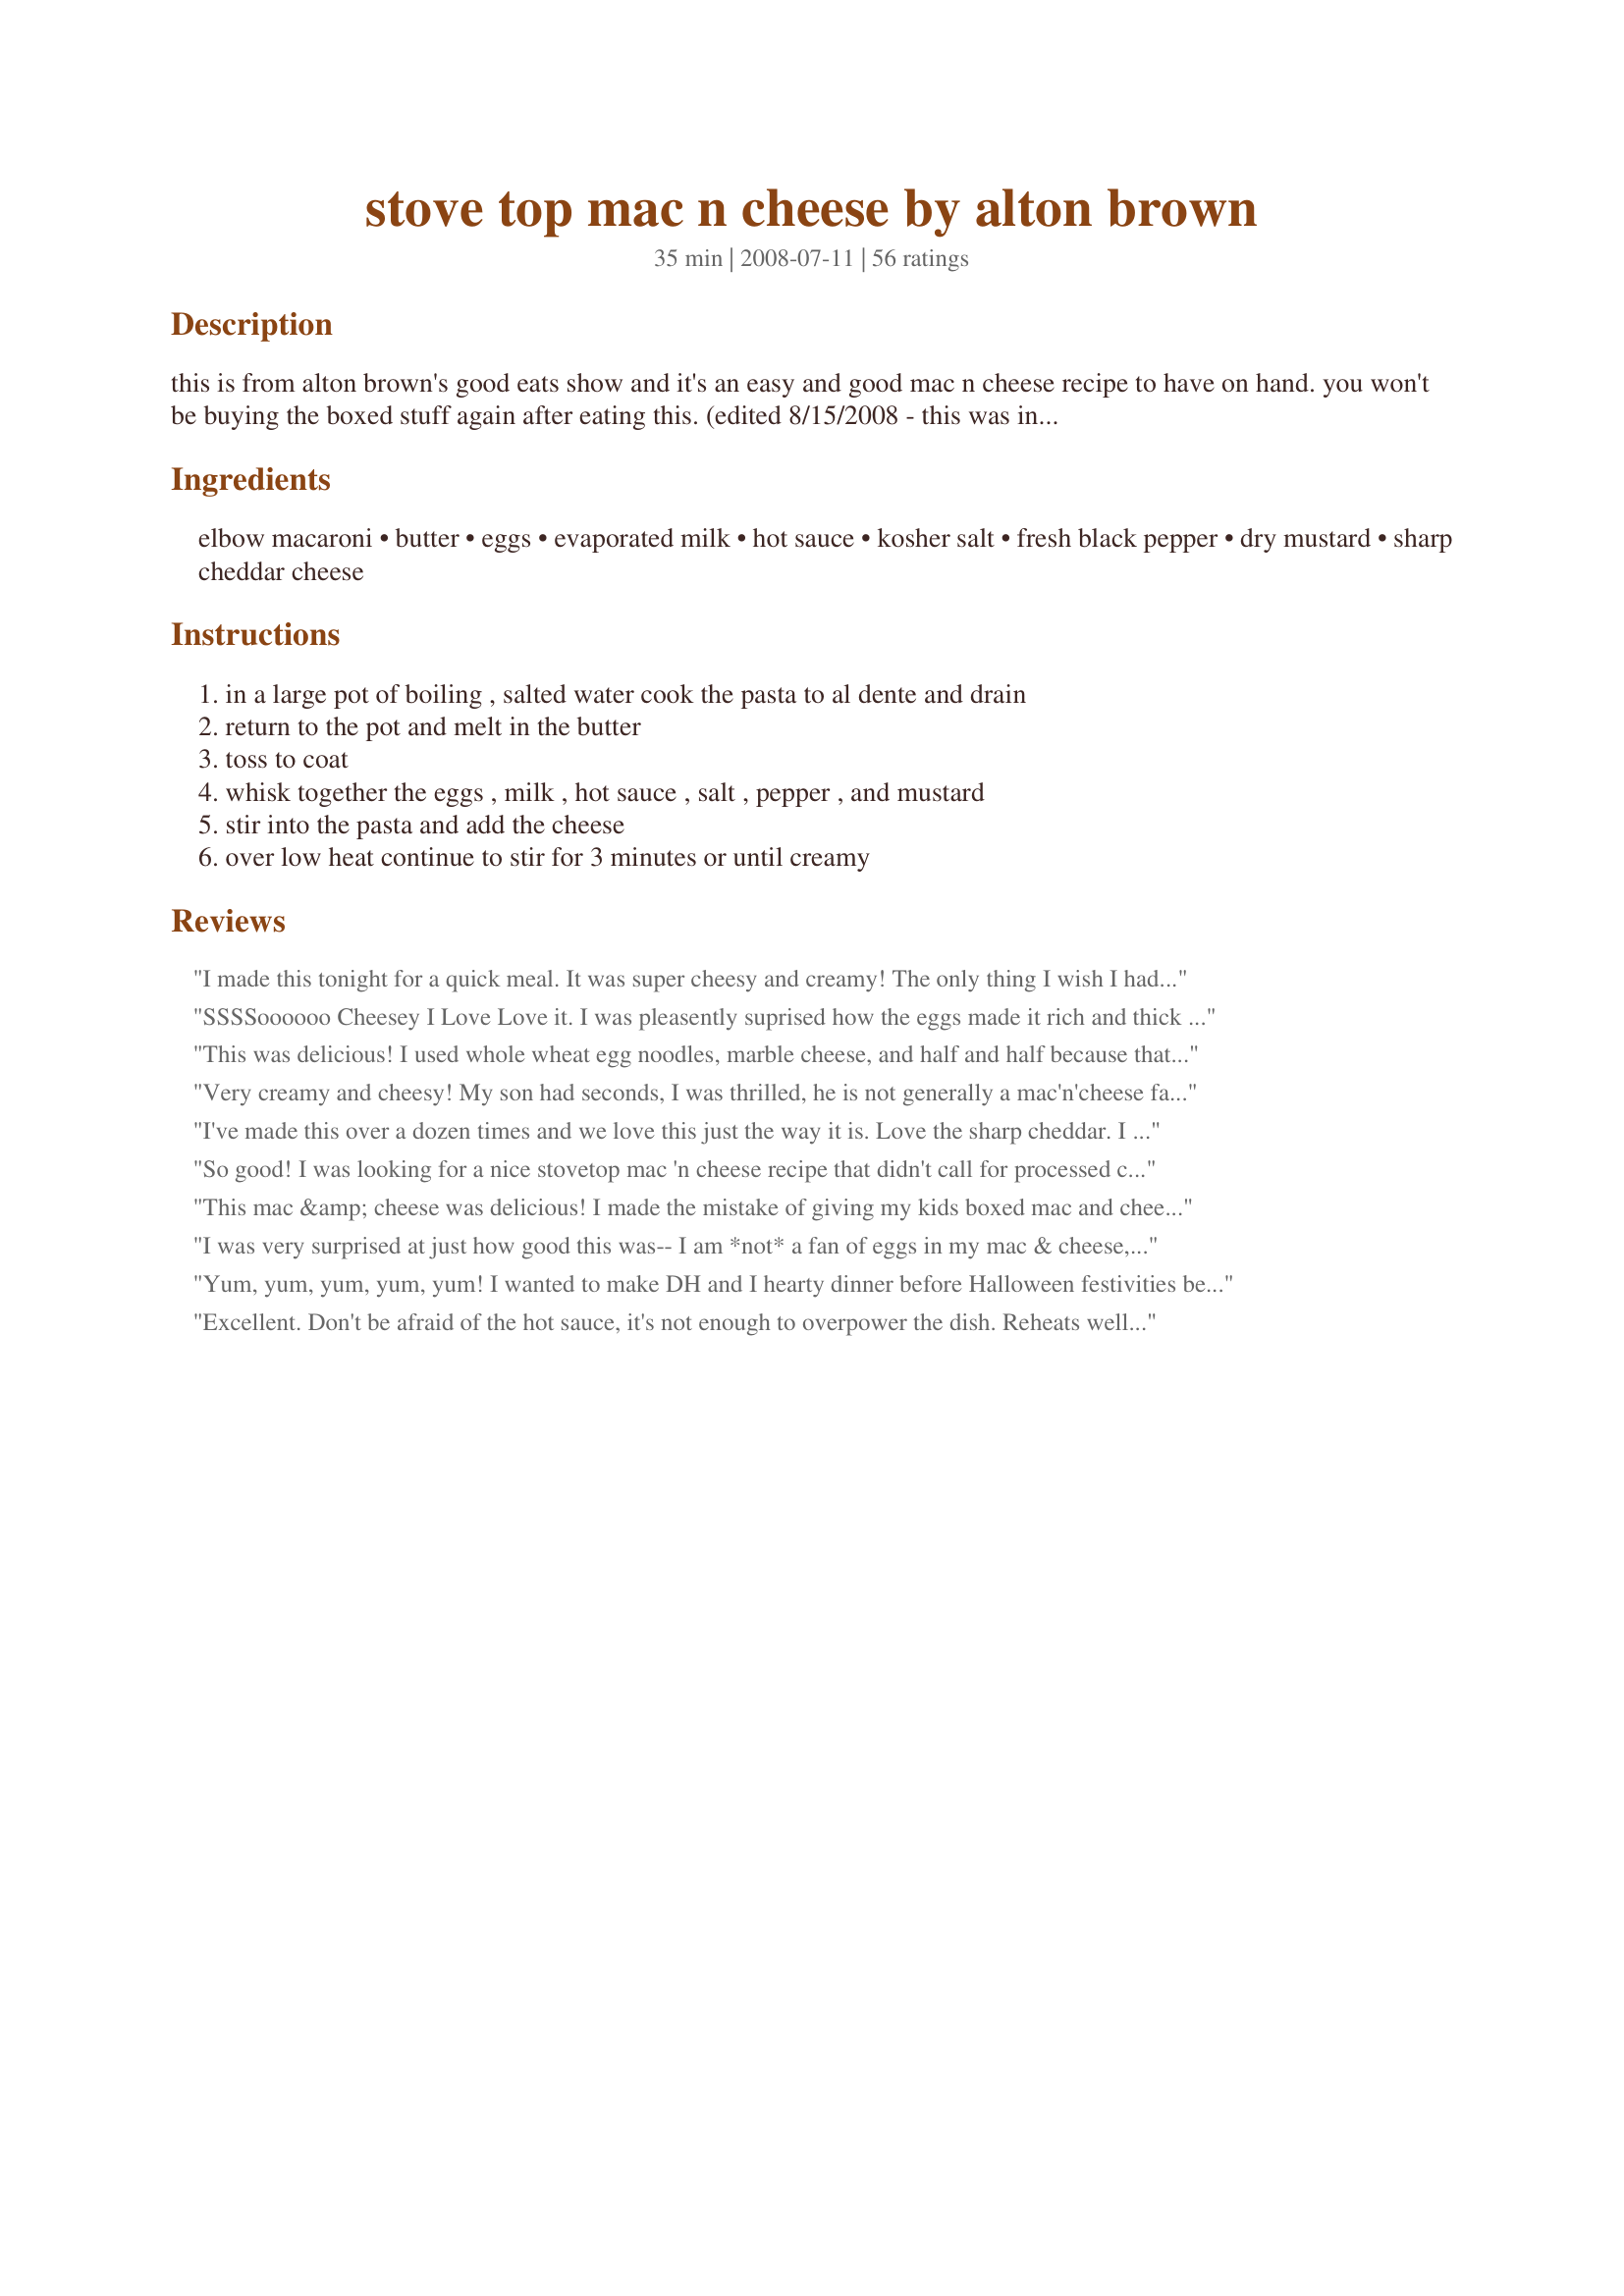
stove top mac n cheese by alton brown
Preparation time: 35 minutes

this is from alton brown's good eats show and it's an easy and good mac n cheese recipe to have on hand. you won't be buying the boxed stuff again after eating this. (edited 8/15/2008 - this was initially posted with 3/4 tsp of dry mustard but after making this a few times i agree with the reviewer that said this amount is too much so i've reduced it to 1/2 tsp.)

Ingredients:
elbow macaroni, butter, eggs, evaporated milk, hot sauce, kosher salt, fresh black pepper, dry mustard, sharp cheddar cheese

Steps:
in a large pot of boiling , salted water cook the pasta to al dente and drain, return to the pot and melt in the butter, toss to coat, whisk together the eggs , milk , hot sauce , salt , pepper , and mustard, stir into the pasta and add the cheese, over low heat continue to stir for 3 minutes or until creamy

Reviews:
I made this tonight for a quick meal. It was super cheesy and creamy! The only thing I wish I had done differently was used less dry mustard (just my personal taste). Tonight I made it exactly as directed but in the future I am going to add a bit more hot sauce and some other spices. This is an amazing basic mac & cheese or a great base for a more kicked up version. Also, REALLY fast!!!
SSSSoooooo Cheesey I Love Love it. I was pleasently suprised how the eggs made it rich and thick and not nasty like it sounded. I took a chance because I have faith in Alton Brown.&lt;br/&gt;Thanks Pickles!
This was delicious! I used whole wheat egg noodles, marble cheese, and half and half because that was what I had on hand. I skipped the pepper and hot sauce, but added more cheese. This was so creamy and cheesy! I will definitely make this again. Thanks for the recipe.
Very creamy and cheesy! My son had seconds, I was thrilled, he is not generally a mac'n'cheese fan! I didn't add the hot sauce, tho I think DH and I would have enjoyed it, but I was quite generous with the mustard.
Extremely easy to prepare, super for nights when you don't have time to cook!
A keeper, thanks, ksgillmore!

Made for PAC Spring 2009
I've made this over a dozen times and we love this just the way it is. Love the sharp cheddar. I use Franks Red Hot sauce. Using fresh cracked black pepper, as the recipe calls for, is much better than pre-ground. This is a very simple recipe but tastes extra good if you use the best noodles, cheese, and butter you can find and also use fresh eggs. To make it a meal, you can add ground beef, bacon, grilled chicken, or sausage.
So good! I was looking for a nice stovetop mac 'n cheese recipe that didn't call for processed cheese, and this one hit the spot. Super creamy and cheesy, it satisfied both my toddler and my husband. Best macaroni and cheese I've ever made, hands down, and one of the easiest! I used fat-free evaporated milk as that was what I had on hand, and it turned out fabulous. Thanks for sharing!
This mac &amp; cheese was delicious! I made the mistake of giving my kids boxed mac and cheese when they were little so any time I made &quot;real&quot; mac &amp; cheese they turned their noses up at it. Last night I decided we were going to attempt it again, when I realized I didn&#039;t have enough milk for Alton&#039;s baked mac &amp; cheese recipe. I had all of the ingredients on hand, and this came together so quickly. Because it was ready before the rest of dinner, it sat for about 5min, and the sauce tightened up beautifully and coated the noodles even better than it did &quot;fresh&quot;. The results - a super creamy, cheesy mac &amp; cheese that even my two little critics gobbled up! Now to keep all of the ingredients on hand at all times so we never have to return to the box.
I was very surprised at just how good this was-- I am *not* a fan of eggs in my mac & cheese, so much so that when I make Alton Brown's baked mac & cheese recipe I've been known to "forget" about the egg it calls for. I just don't like how it makes it set up all "custardy" because I prefer a much smoother sauce. This, however, was unbelievably good! Even with all the eggs in it, it came out creamy, cheesy (not at all bland) and perfect. At my husband's request, I put it in a baking dish, sprinkled over some buttered fresh breadcrumbs and ran it under the broiler. That made it "set up" somewhat which was okay but not my favorite (again, I'm more a fan of the Stouffer's-type creamy sauce). Next time-- and there WILL be a next time because this was super fast and easy, much faster than regular baked mac & cheese-- I will make part of it like that for him, and the rest I'll eat right out of the pot!!
Yum, yum, yum, yum, yum! I wanted to make DH and I hearty dinner before Halloween festivities began and decided mac and cheese would make a great fall dinner. So glad I chose this Alton recipe- easy, quick, a lot tastier than I ever expected! I like homemade mac and cheese but DH prefers the blue box- except this time. We both agreed this recipe will be our standard. Thanks for posting!
Excellent. Don't be afraid of the hot sauce, it's not enough to overpower the dish. Reheats well, too.
Quick and easy, grating the cheese was the only difference between this and box mac and cheese. Love the hot pepper and mustard flavor. I like it but oddly enough my family still prefers the box kind. I think this texture is not as smooth as the box kind. Thank you
This was the BEST! I doubled the recipe and seved it as the main dish with a side of tomatoes and onions with Peter Luger Sauce. I think it was the perfect amount for my family (with some left over for lunch). It is very filling but one of those dishes you just don't want to stop eating because it is so good. AND EASY. Took no more than 20 minutes front to back. It is even easy enough for a simple lunch for the kids. The only change I made was with the milk. I forgot to get the evap milk so I used half the amount of cream (because it was all I had) and half the amount of whole milk. If it suffered, I didn't notice. The mustard is the key ingredient for me. I won't make a mac and cheese recipe without it. Thanks for posting this great recipe.
We really liked this recipe. It is now my go-to recipe for homemade stove top macaroni. Thank you!
So good! I made it just as it was written, and then I made another batch but I only had one egg and 6 oz. of cheese. I think I liked it better that way! Very good, give it a try!
I've made this three times. The first time, I followed the recipe, using all sharp cheddar. Sharp Cheddar is my favorite cheese, but it was a bit overpowering for the recipe. Now I make it with half sharp cheddar and half white American (cut up into small pieces) from the deli. It's perfect! Just enough bite from the cheddar, and smooth and creamy from the American. I'm done searching for the perfect mac and cheese recipe.
WINNER! I've made this twice, already. YUM. There was so much sauce, I used a full pound of pasta. That's even more fun for the kids because I let them choose a box of fun pasta from the stash, instead of traditional elbows. I'm sharing it with friends!
This was not a crowd pleaser. Too much mustard, in my opinion. Not bad, just not to our tastes. I do appreciate the easy stovetop method and may try this again with modified seasonings. Thanks for posting.
Not sure what more I could say. Thanks for the keeper.
I stuck with the original recipe and used 3/4 teaspoon of prepared mustard (since I didn't have any dry mustard) and also a half teaspoon more hot sauce. It was just the best Mac ever! DS loved it!
Really good mac n cheese - especially for stove top! I didn&#039;t have any evaporated milk, so I just used 2%. I&#039;m sure it&#039;s even better as written. I&#039;ll be making this again. Thanks!
DD is a mac & cheese fanatic. This is her hands down favorite! Thanks for posting
Delicious! I doubled the recipe and used a 24-oz block of extra sharp cheddar. I also used prepared mustard rather than dry because that's what I had on hand. This is awesome.
I made this tonight an I wouldn&#039;t change a thing about it except to vary the cheeses sometimes.&lt;br/&gt;It was easy to make and all the ingredients are usually in the house. The best thing is how down right good it is!
Probably the tastiest and easiest mac and cheese recipe I've ever used. I had some leftover AB Pressure Cooker chili that I combined to make Chili Mac. Crazy delicious!
We LOVE this recipe in our house. While we still revert to the box stuff, it is usually for the kids. Whenever the mood strikes me or my hubby for mac & cheese this is what I whip up.
Wonderful! I followed this exactly except for extra cheese and some meat additions. I had some Cheddarwurst and bacon and threw that in there and it was amazing! Heart attack in a bowl, but so good. Thanks so much!
Soooooo Good! I doubled the recipe and just used the cheese I had on hand, Colby, monterey jack and parmesan. Special ingredient; fresh grated nutmeg. Yummy!
I made a double batch of this with bow-tie pasta, doing everything as called for with the exception of using two 8 oz bags of cheese (4 oz less than called for) and everyone thought the dish was way too salty. Next time I'll either half the salt or do away with completely (and I did use Kosher). My mom thought it was too cheesy, but I disagree. My husband thought a different cheese would have been better but again, I disagree. Very good, will make again and will probably use regular milk next time for convenience and health.
This is so creamy. I did end up adding all the evap. milk from the can and it was nice and cheesy. Thank you for sharing with lovely recipe that&#039;s so easy to make.
Excellent Mac-n-Cheese! My only altercation from your recipe-I had a 8 ounce package of sharp cheddar cheese. I used and additional 1/4 cup of cheese whiz I had left over from another recipe. My husband loved it! I had a good amount of leftover mac-n-cheese so I added about 1/8 cup additional evaporated milk, stirred well and poured into a buttered dish which I froze for another night. It was a little juicy at that point which will make it easy to bake.
Loaded with flavor, came together fast and got the "you can make this anytime" from my husband which equals 10 stars!
Thank you for posting!
Di ;-)
Yummy. I didn't have evaporated milk so I used cream and I sub'd 1/2 cayenne pepper for hot sauce. You definitely need to use the sharp cheddar -- mild cheddar doesn't have enough oomf to flavor the pasta.
PS. If you'd like to see a video of Alton Brown making this - http://www.foodnetwork.com/stove-top-mac-n-cheese/video/index.html
This was a pretty good recipe. I've had better mac and cheese recipes, but this one is really quick and easy to make so it deserves 4 stars on that fact. I usually don't have milk or cream on hand so the evaporated milk was really great. This recipe reminds me of Stouffer's mac and cheese. It's really good and cheesy. I used the food network recipe which calls for 3/4 tsp of dry mustard. The only difference I would make to the recipe is to go ahead and boil a whole pound of pasta. I made half a pound of spiral pasta and it was literally swimming in cheese sauce. It seem like a huge waste, so I made half a pound more of pasta and mixed it in. This is a great starter recipe, I definitely see myself making this again with some add-ins.
Best.Mac&Cheese.Ever! I can't believe I haven't reviewed it before. I love this stuff and made it for my DD's 2nd birthday party, which was wolfed down. I've even tossed leftovers into hamburger soup to make it stellar. Perfect, thanks for posting!
Delicious! This is the first recipe that I was able to make mac n cheese successfully! Even my DH who doesn't really care for mac n cheese loved it!
I made this recipe on 1/1/10 for the " Hail To The Chefs 2010 " event, and as part of mine and SO's dinner. I didn't have any hot sauce so it was left out. Usually we prefer our Mac N' Cheese baked, but both of us thought that this was very good. Thanks for posting and, " Keep Smiling :) "
This was so easy and good. I halved recipe. I used half mozzarella cheese and half sharp cheddar. There will be a second time I make this
I first saw this on the Food Network and then read some of the over 600 reviews. Some of the negative complaints were &quot;it&#039;s too soupy, or grainy etc. I just made it and IMO the flavor and initial texture were great. It was soupy at first, but being an experienced cook, I knew it would &#039;tighten&#039; up and it did., (and I did not cook my pasta &#039;al dente&#039;, I like my pasta &#039;cooked&#039;)...to the point that 2 hours later I had to add milk to it. I doubled the recipe, but made it exactly as written. It also turned out, after that time, to be a little &#039;grainy&#039;, but I attribute that to cheap generic cheddar cheese. ALL-in all this was good, but I never should have doubled it, &#039;cause now I have enough to feed an army. thanks for posting.
Yum!! My family constantly asks me to make this. No more boxed stuff for us!
This makes a great mac-n-cheese! It's simple, delicious and creamy. What more could you ask for?! And, to top it off, I always have these ingredients in the house!
Excellent, easy recipe to make and delicious too. Definitely a keeper weeknight recipe.
Let me start by saying I love Alton Brown and his recipes but this one I was disappointed. I followed the recipe exact. The taste was good. The creaminess was very good but only during the first few moments after cooking it. Once it sat it started getting gritty. I added a bit of milk and that helped but it just started getting gritty again as it sat on my plate while eating dinner. Did I do something wrong? I don&#039;t know. Anyone else have this issue?
Wonderful!!! I had to make a few substitutions because of what I had in the house. A combo of 1/2 & 1/2 and milk for the evaporated milk and whatever cheese I had on hand. It was very cheesy and very good! A definite repeater!
Very tasty and different way of making this. I will defiently make again, and pass the recipe on.
I made this the other night and it was of course fantastic. I used the original amount of mustard from Alton Brown's site and found it delicious. I also through in a handful of shredded gruyere. Perfection! I see Karen Elizabeth made it with Penne, so I will be trying that next time! Thanks for submitting!
Delicious and easy! For a quick homemade mac - this does the trick. Not better than a baked, sliceable, creamy, thick-enough-to-stand-your-fork-up in mac n chz (I love the recipe on cookingforengineers.com sans topping.) I omit the hot sauce and cut way back on the dry mustard, and I add the butter, melted, directly to the egg mix.
This is delicious, after I saw the show I knew I wanted to try it. I taste tested it then, sprinkled bread crumbs on top & baked at 425 for 30 minutes. I know it defeats the purpose of an easy stove top mac n' cheese recipe, but it needed re-warming for a lunch get together.
I saw the same episode, and I use this recipe when I want mac and cheese without a lot of work. My son loves it with hot dogs added in, too. :) Very easy and delicious!
This was a quick prep method for mac n cheese on a weeknight (you can have the sauce made before the noodles are done boiling). I liked that it was a stovetop mac 'n cheese recipe that didn't call for processed cheese. If you're into the Stouffer's type mac n cheese, this one is for you. My DD said it tasted just like Grammy's (Stouffer's frozen), :) Depending on what I have a taste for, sometimes I like the baked and sometimes I like the saucy kind. I had to add a little milk to the leftovers, to get it creamy again. We had this with broiled lemon pepper salmon and brussels sprouts.
This was excellent! My husband and I loved it. My husband said the only thing he would like more would be a smoother sauce. The taste was great though. I doubled the recipe so there would be plenty of left overs. BUT it is so filling that we would have had plenty without doubling it.
Easy n good!
I added an extra 6 oz of milk while I waited on my husband to finish his part of dinner, and the flavor didn't suffer. Only when I came to rate it did I realize I'd left out the butter entirely!! I'll blame that on the computer being in another room, and cooking on the fly. BUT it was so good anyway that I didn't realize I'd "messed it up". I can't wait to eat it again the way it was intended.
Really good and easy to make. The only change I made was to use cream instead of evaporated milk, as I had some in the fridge to use up. I agree with a previous reviewer to use sharp or extra sharp cheddar in this recipe for a nice cheesy taste. Also, keep the heat on low at the end. I wasn't watching, mine got a little too hot and ended up slightly grainy as a result - but that was my fault. I will definitely make this again - it's no more difficult than making the stuff in the box!
I made this for my kid. I used little bowties. He didn't like it. He said that it was too cheesy. Yes, he did. <br/><br/> To me, it tasted just like it came out of the box. I didn't find it particularly special. It did come out pretty. I thought the consistancy was very nice.
My boyfriend and I love this recipe. It is now my go to mac n cheese recipe and I always add broccoli to it and double to recipe every time as its a little bit easier to make due to most noodles coming in 1 lb portions anyway.
This was excellent, easy and fast. Good when you haven't thought ahead enought to make baked. Either needs more hot sauce or less mustard - was a tad unbalanced there.
Good recipe. I would say it's not my favorite but definitely a good recipe that can be altered to your preferences. I did have to add Dijon Mustard because I was out of dry but Will try that next time and add onions to the butter and saute it. Thank you for sharing a quick easy recipe. It was fun to try another version.
